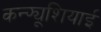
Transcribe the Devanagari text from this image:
कन्फ्यूशियाई